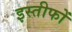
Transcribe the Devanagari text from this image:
इस्तीफों